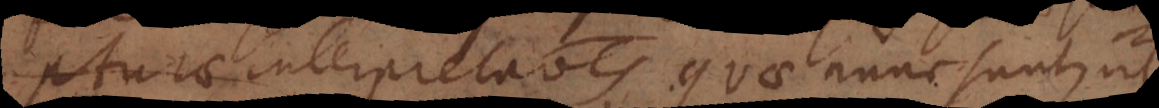
pturae interpretationes quae nunc sunt, ut